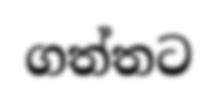
ගත්තට